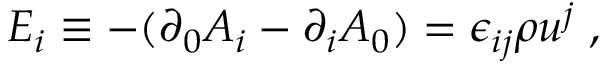
E _ { i } \equiv - ( \partial _ { 0 } A _ { i } - \partial _ { i } A _ { 0 } ) = \epsilon _ { i j } \rho u ^ { j } \; ,